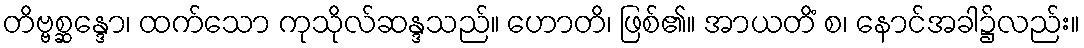
တိဗ္ဗစ္ဆန္ဒော၊ ထက်သော ကုသိုလ်ဆန္ဒသည်။ ဟောတိ၊ ဖြစ်၏။ အာယတိံ စ၊ နောင်အခါ၌လည်း။